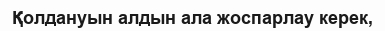
Қолдануын алдын ала жоспарлау керек,